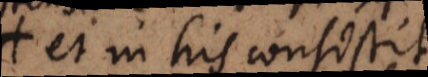
et in his consistit